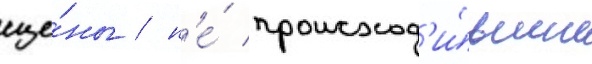
сце́ны / н'е́ происход'и́вшие